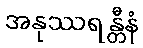
အနုဿရန္တီနံ